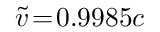
\widetilde { v } \! = \! 0 . 9 9 8 5 c